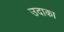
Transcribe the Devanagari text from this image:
उदाका